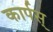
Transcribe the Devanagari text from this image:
कार्पस्